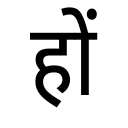
OCR:
हों